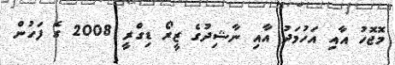
މޮޖޮހު އާއި އަހުމަދު އާއި ނާޝިދުގެ ޒީރޯ ޑިގްރީ 2008 ގެ ފަހުން